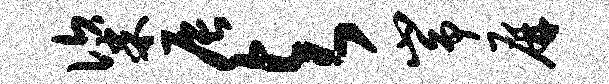
粢辰与峥屏